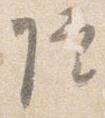
院